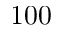
1 0 0